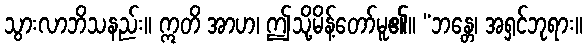
သွားလာဘိသနည်း။ ဣတိ အာဟ၊ ဤသို့မိန့်တော်မူ၏။ “ဘန္တေ၊ အရှင်ဘုရား။